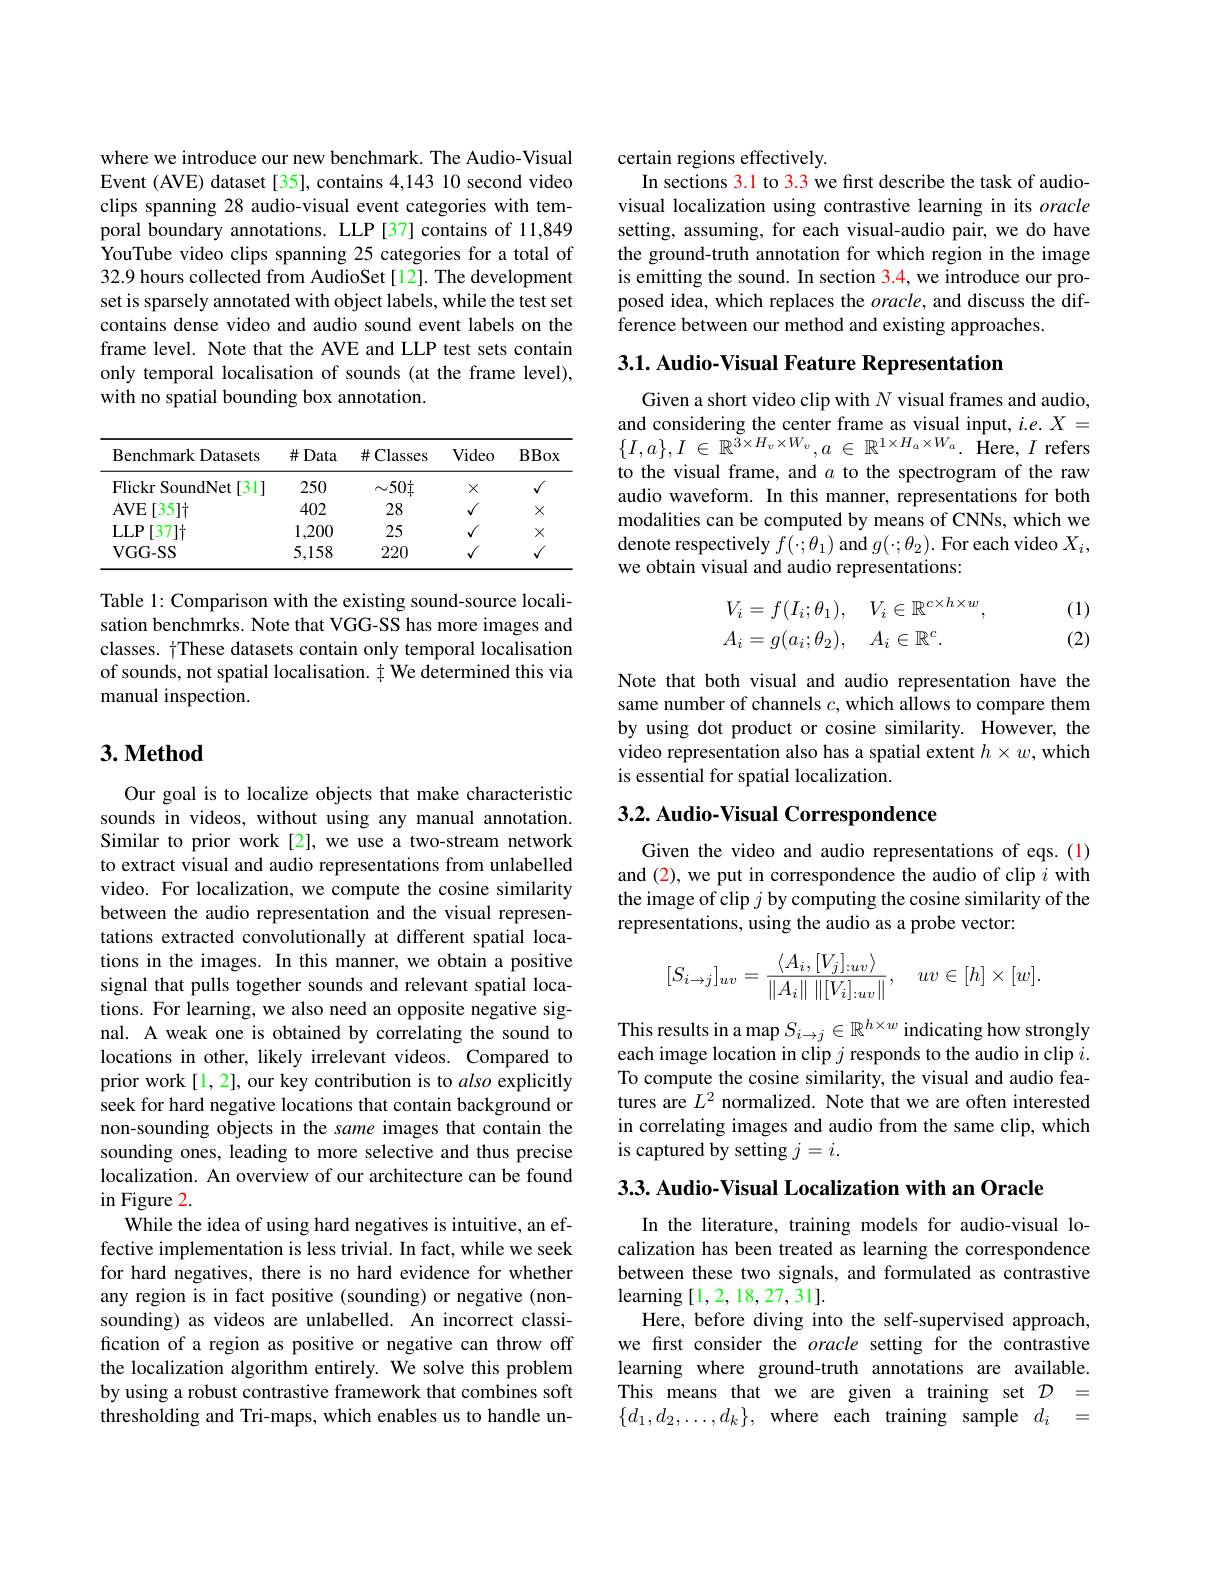
where we introduce our new benchmark. The Audio-Visual Event (AVE) dataset [35], contains 4,143 10 second video clips spanning 28 audio-visual event categories with temporal boundary annotations. LLP [37] contains of 11,849 YouTube video clips spanning 25 categories for a total of 32.9 hours collected from AudioSet[12]. The development set is sparsely annotated with object labels, while the test set contains dense video and audio sound event labels on the frame level. Note that the AVE and LLP test sets contain only temporal localisation of sounds (at the frame level), with no spatial bounding box annotation.

<table>
	<tbody>
		<tr>
			<th>Benchmark Datasets</th>
			<th>$\#Data$</th>
			<th>$\#$Classes</th>
			<th>Video</th>
			<th>BBox</th>
		</tr>
		<tr>
			<td>Flickr SoundNet $t[31]$</td>
			<td>250</td>
			<td>$\sim50\dagger$</td>
			<td>$X$</td>
			<td>$√$</td>
		</tr>
		<tr>
			<td>$AVE$ $[35]\dagger$</td>
			<td>402</td>
			<td>28</td>
			<td>$√$</td>
			<td>$X$</td>
		</tr>
		<tr>
			<td>$LLP$ $[37]\dagger$</td>
			<td>1,200</td>
			<td>25</td>
			<td>$√$</td>
			<td>$X$</td>
		</tr>
		<tr>
			<td>VGG- SS</td>
			<td>5,158</td>
			<td>220</td>
			<td>$√$</td>
			<td>$√$</td>
		</tr>
	</tbody>
</table>

Table 1: Comparison with the existing sound-source localisation benchmrks. Note that VGG-SS has more images and classes. $\dagger$These datasets contain only temporal localisation of sounds, not spatial localisation. $\ddagger$ We determined this via manual inspection.

### $3. \textbf{Method}$

Our goal is to localize objects that make characteristic sounds in videos, without using any manual annotation. Similar to prior work[2], we use a two-stream network to extract visual and audio representations from unlabelled video. For localization, we compute the cosine similarity between the audio representation and the visual representations extracted convolutionally at different spatial locations in the images. In this manner, we obtain a positive signal that pulls together sounds and relevant spatial locations. For learning, we also need an opposite negative signal. A weak one is obtained by correlating the sound to locations in other, likely irrelevant videos. Compared to prior work [1,2], our key contribution is to also explicitly seek for hard negative locations that contain background or non-sounding objects in the same images that contain the sounding ones, leading to more selective and thus precise localization. An overview of our architecture can be found in Figure 2.
While the idea of using hard negatives is intuitive, an effective implementation is less trivial. In fact, while we seek for hard negatives, there is no hard evidence for whether any region is in fact positive (sounding) or negative (nonsounding) as videos are unlabelled. An incorrect classification of a region as positive or negative can throw off the localization algorithm entirely. We solve this problem by using a robust contrastive framework that combines soft thresholding and Tri-maps, which enables us to handle un-

certain regions effectively.
In sections 3.1 to 3.3 we first describe the task of audiovisual localization using contrastive learning in its oracle setting, assuming, for each visual-audio pair, we do have the ground-truth annotation for which region in the image is emitting the sound. In section 3.4, we introduce our proposed idea, which replaces the $oracle$, and discuss the difference between our method and existing approaches.

3.1. Audio-Visual Feature Representation

Given a short video clip with $N$ visual frames and audio, $\begin{array}{l}\text{and considering the center frame as visual input, }i.e.X=\\\{I,a\},I\in\mathbb{R}^{3\times H_{v}\times W_{v}},a\in\mathbb{R}^{1\times H_{a}\times W_{a}}.\mathrm{~Here,~}I\end{array}$ to the visual frame, and $a$ to the spectrogram of the raw audio waveform. In this manner, representations for both modalities can be computed by means of CNNs, which we denote respectively $f(\cdot;\theta_{1})$ and $g(\cdot;\theta_{2}).$ For each video $X_i$, we obtain visual and audio representations:
$$\begin{aligned}V_i&=f(I_i;\theta_1),\quad V_i\in\mathbb{R}^{c\times h\times w},\\A_i&=g(a_i;\theta_2),\quad A_i\in\mathbb{R}^c.\end{aligned}$$
(1) (2)

Note that both visual and audio representation have the same number of channels $c$,which allows to compare them by using dot product or cosine similarity. However, the video representation also has a spatial extent $h\times w$,which is essential for spatial localization.

# 3.2. Audio- Visual Correspondence

Given the video and audio representations of eqs. (1)

and (2), we put in correspondence the audio of clip $i$ with the image of clip $j$ by computing the cosine similarity of the representations, using the audio as a probe vector:
$$[S_{i\to j}]_{uv}=\frac{\langle A_i,[V_j]_{:uv}\rangle}{\|A_i\|\:\|[V_i]_{:uv}\|},\quad uv\in[h]\times[w].$$
This results in a map $S_{i\to j}\in\mathbb{R}^{h\times w}$ indicating how strongly each image location in clip $j$ responds to the audio in clip $i.$ To compute the cosine similarity, the visual and audio features are $L^2$ normalized. Note that we are often interested in correlating images and audio from the same clip, which is captured by setting $j=i.$

3.3. Audio-Visual Localization with an Oracle

In the literature, training models for audio-visual localization has been treated as learning the correspondence between these two signals, and formulated as contrastive $\operatorname{learning}[1,2,18,27,31].$
Here, before diving into the self-supervised approach, we first consider the oracle setting for the contrastive learning where ground-truth annotations are available. This means that we are given a training set $\mathcal{D}=$ $\{d_1,d_2,\ldots,d_k\}$, where each training sample $d_i=$